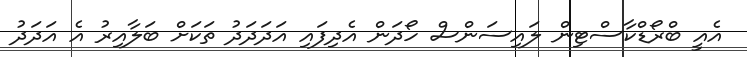
އެއީ ބްރޯޑްކާސްޓިން ލައިސަންސް ހޯދަން އެދިފައި އަދަދަދު ތަކަށް ބަލާއިރު އެ އަދަދު